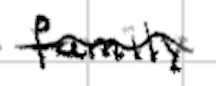
Text: family
Cross-out: wave
Writing tool: digital_black